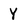
Character: Y